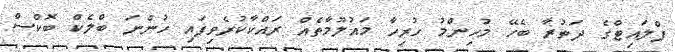
ފްލައިޓްގެ ދަތުރާ ބެހޭ މުހިންމު ހުރިހާ މައުލޫމާތެއް ރައްކާކުރެވިފައި ހުންނަ ބްލެކް ބޮކްސް